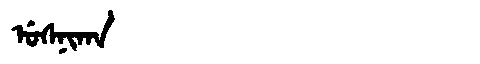
Manchu: ᡠᠰᠨᡳᡴᠠ
Romanization: USNIKA